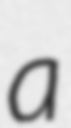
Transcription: a